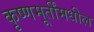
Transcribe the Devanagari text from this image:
कृष्णमूर्तींमधील